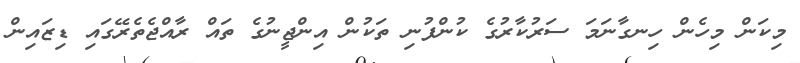
މިކަން މިހެން ހިނގާނަމަ ސަރުކާރުގެ ކުންފުނި ތަކުން އިންޖީނުގެ ތައް ރާއްޖެތެރޭގައި ޑިޒައިން